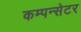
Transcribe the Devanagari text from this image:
कम्पन्सेटर